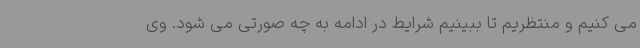
می کنیم و منتظریم تا ببینیم شرایط در ادامه به چه صورتی می شود. وی